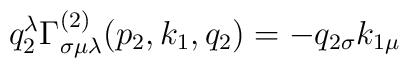
q_2^\lambda \Gamma _{\sigma \mu \lambda }^{(2)}(p_2,k_1,q_2)=-q_{2\sigma}k_{1\mu }